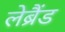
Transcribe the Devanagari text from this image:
लेब्रैंड